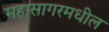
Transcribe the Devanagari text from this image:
महासागरमधील